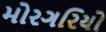
મોરગરિયો